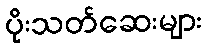
ပိုးသတ်ဆေးများ